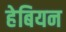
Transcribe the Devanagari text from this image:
हेबियन